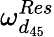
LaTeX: \omega_{d_{45}}^{Res}